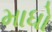
માધો